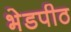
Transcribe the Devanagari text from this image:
भेडपीठ